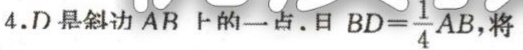
4.D是斜边AB上的一点，且 \(BD = \frac{1}{4}AB\)，将